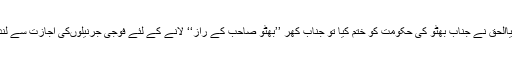
لیکن جب جنرل ضیأالحق نے جنابِ بھٹو کی حکومت کو ختم کِیا تو جنابِ کھر ’’بھٹو صاحب کے راز‘‘ لانے کے لئے فوجی جرنیلوںکی اجازت سے لندن چلے گئے تھے۔